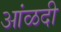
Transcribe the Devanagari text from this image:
आंळदी